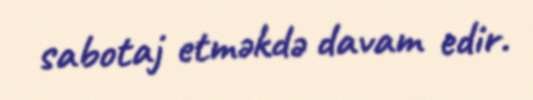
sabotaj etməkdə davam edir.